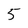
Character: 5